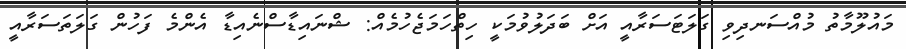
މައުލޫމާތު މުއްސަނދިވި ގަލަޓަސަރާއީ އަށް ބަދަލުވުމަކީ ހިތްހަމަޖެހުމެއް: ޝްނައިޑާސްނެއިޑާ އެންމެ ފަހުން ގަލަތަސަރާއީ